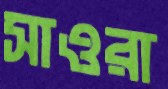
সাওরা